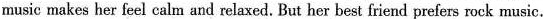
music makes her feel calm and relaxed. But her best friend prefers rock music.